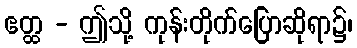
ဧတ္ထ - ဤသို့ ကုန်းတိုက်ပြောဆိုရာ၌၊